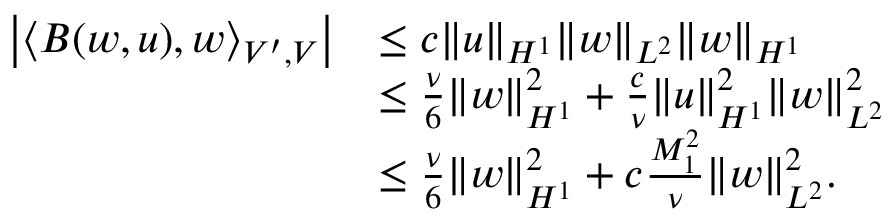
\begin{array} { r l } { \left\lvert \left< B ( w , u ) , w \right> _ { V ^ { \prime } , V } \right\rvert } & { \leq c \| u \| _ { H ^ { 1 } } \| w \| _ { L ^ { 2 } } \| w \| _ { H ^ { 1 } } } \\ & { \leq \frac { \nu } { 6 } \| w \| _ { H ^ { 1 } } ^ { 2 } + \frac { c } { \nu } \| u \| _ { H ^ { 1 } } ^ { 2 } \| w \| _ { L ^ { 2 } } ^ { 2 } } \\ & { \leq \frac { \nu } { 6 } \| w \| _ { H ^ { 1 } } ^ { 2 } + c \frac { M _ { 1 } ^ { 2 } } { \nu } \| w \| _ { L ^ { 2 } } ^ { 2 } . } \end{array}